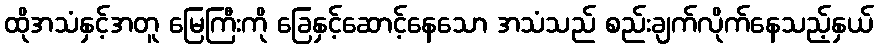
ထိုအသံနှင့်အတူ မြေကြီးကို ခြေနှင့်ဆောင့်နေသော အသံသည် စည်းချက်လိုက်နေသည့်နှယ်